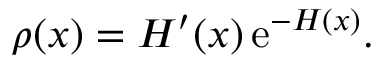
\rho ( x ) = H ^ { \prime } ( x ) \, \mathrm { e } ^ { - H ( x ) } .